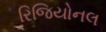
રિજિયોનલ